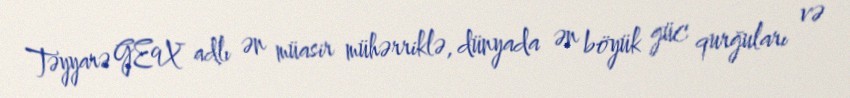
Təyyarə GE9X adlı ən müasir mühərriklə, dünyada ən böyük güc qurğuları və